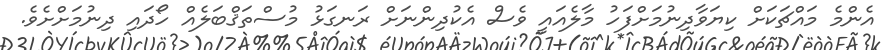
އެންމެ މައްޗަކަށް ކިޔަވާދިނުމަށްފަހު މާލެއައީ ވެސް އެކުދިންނަށް ރަނގަޅު މުސްތަޤްބަލެއް ހޯދައި ދިނުމަށްށެވެ.